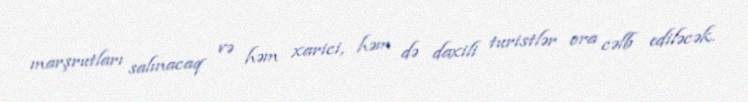
marşrutları salınacaq və həm xarici, həm də daxili turistlər ora cəlb ediləcək.